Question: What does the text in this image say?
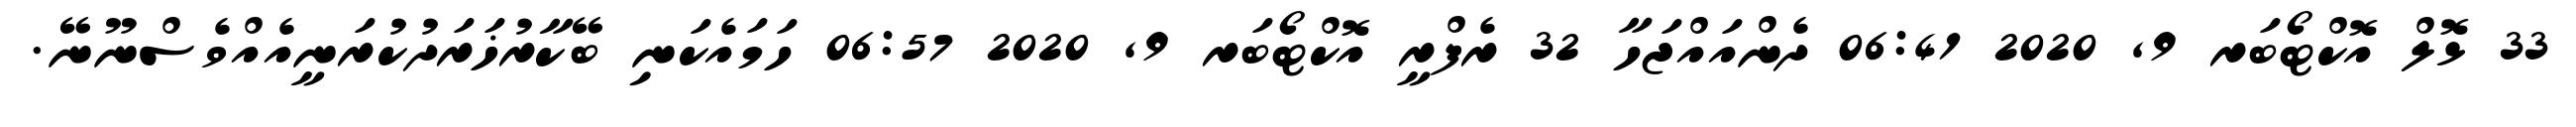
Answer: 33 ޅޮލް އޮކްޓޯބަރ 9, 2020 06:41 ދެންއައްޖަހާ 32 ރެފްރީ އޮކްޓޯބަރ 9, 2020 06:57 ހަމައެކަނި ބޭކާރުޚަރަދުކުރަނީއެއްވެސްނޫނޭ.